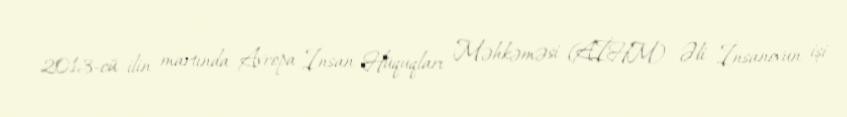
2013-cü ilin martında Avropa İnsan Hüquqları Məhkəməsi (AİHM) Əli İnsanovun işi